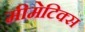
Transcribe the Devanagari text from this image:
मीमेटिक्स